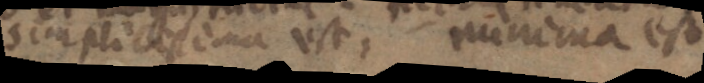
simplicissima est, minima est